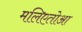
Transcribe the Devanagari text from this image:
मलिएतोआ